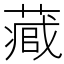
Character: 𮐻